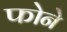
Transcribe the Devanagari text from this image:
फोने